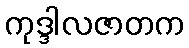
ကုဒ္ဒါလဇာတက